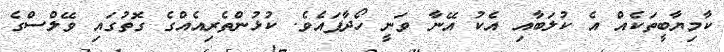
ކާމިޔާބީތަކެއް އެ ކުލަބާއި އެކު އޭނާ ވަނީ ހޯދާފައެވެ. ކުޅުންތެރިއެއްގެ ގޮތުގައި ވޭލްސްގެ